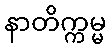
နာတိက္ကမ္မ